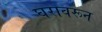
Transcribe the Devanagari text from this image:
घरावरून